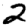
Digit: 2